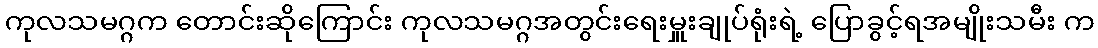
ကုလသမဂ္ဂက တောင်းဆိုကြောင်း ကုလသမဂ္ဂအတွင်းရေးမှူးချုပ်ရုံးရဲ့ ပြောခွင့်ရအမျိုးသမီး က